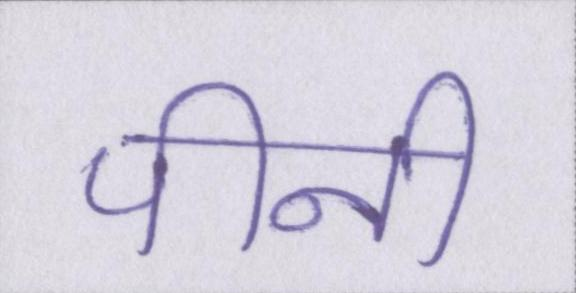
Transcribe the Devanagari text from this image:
पीनी